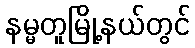
နမ္မတူမြို့နယ်တွင်